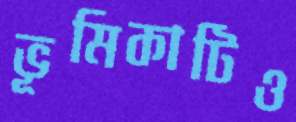
ভূমিকাটিও